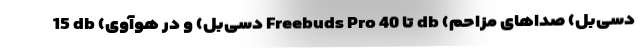
15 db (دسی‌بل) و در هوآوی Freebuds Pro تا 40 db (دسی‌بل) صداهای مزاحم